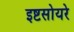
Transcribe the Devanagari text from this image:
इष्टसोयरे